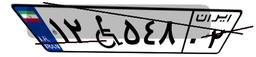
۱۲W۵۴۸۰۲